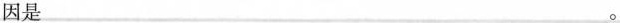
因是___。